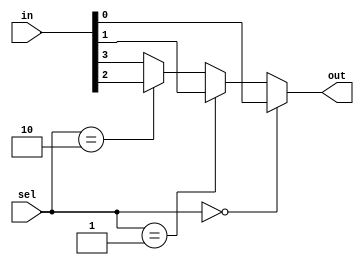
`timescale 1ns / 1ps


module mux_4_to_1_dataflow(
    input wire [3:0] in,  // 4-bit input
    input wire [1:0] sel, // 2-bit selection input
    output wire out       // 1-bit output
);

// Using assign with a conditional operator to select the input based on sel
assign out = (sel == 2'b00) ? in[0] :
             (sel == 2'b01) ? in[1] :
             (sel == 2'b10) ? in[2] :
             in[3]; // default case for sel == 2'b11

endmodule